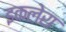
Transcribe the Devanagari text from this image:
इकलेरा